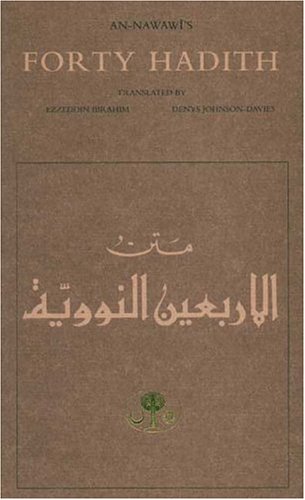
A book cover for An-Nawawi's Forty Hadith; Yahya ibn Sharaf al-Nawawi; Religion & Spirituality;